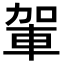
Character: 𮝋